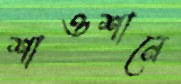
শাওশানে